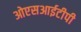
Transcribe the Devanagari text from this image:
ओएसआईटीपी